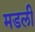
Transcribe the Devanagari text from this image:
मडली